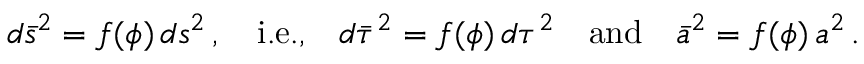
d \bar { s } ^ { 2 } = f ( \phi ) \, d s ^ { 2 } \, , \quad \mathrm { i . e . , } \quad d \bar { \tau } ^ { 2 } = f ( \phi ) \, d \tau ^ { 2 } \quad \mathrm { a n d } \quad \bar { a } ^ { 2 } = f ( \phi ) \, a ^ { 2 } \, .